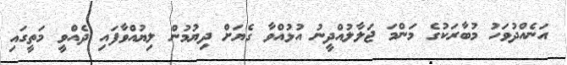
އަނެއްދުވަހު މުބާރަކުގެ މަންމަ ޖަލާލުއްދީނު އުޅުއްވާ ގެޔަށް ދިޔުމުން ލިޔުއްވާފައި ދެއްވީ މަތީގައި